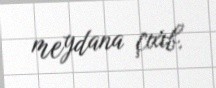
meydana çıxıb.